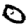
Digit: 0